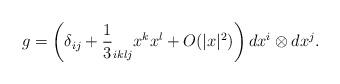
LaTeX: \begin{align*}g= \left( \delta_{ij} + \frac{1}{3} _{iklj}x^k x^l + O( \vert x \vert^2 )\right) dx^i \otimes dx^j.\end{align*}